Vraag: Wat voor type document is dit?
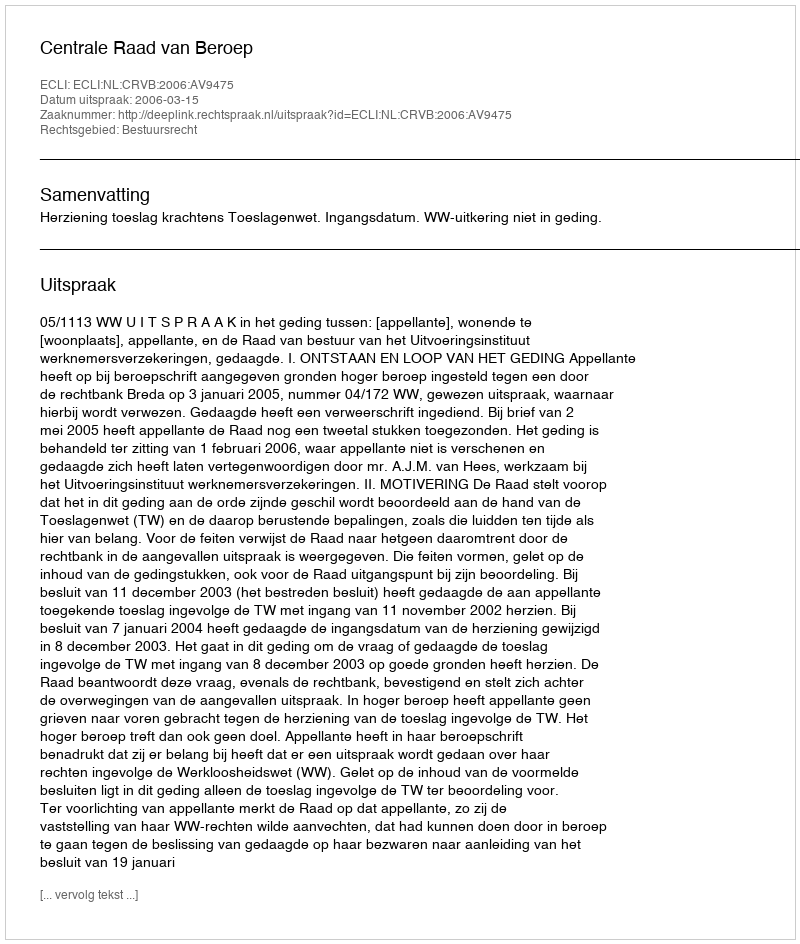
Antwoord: Uitspraak